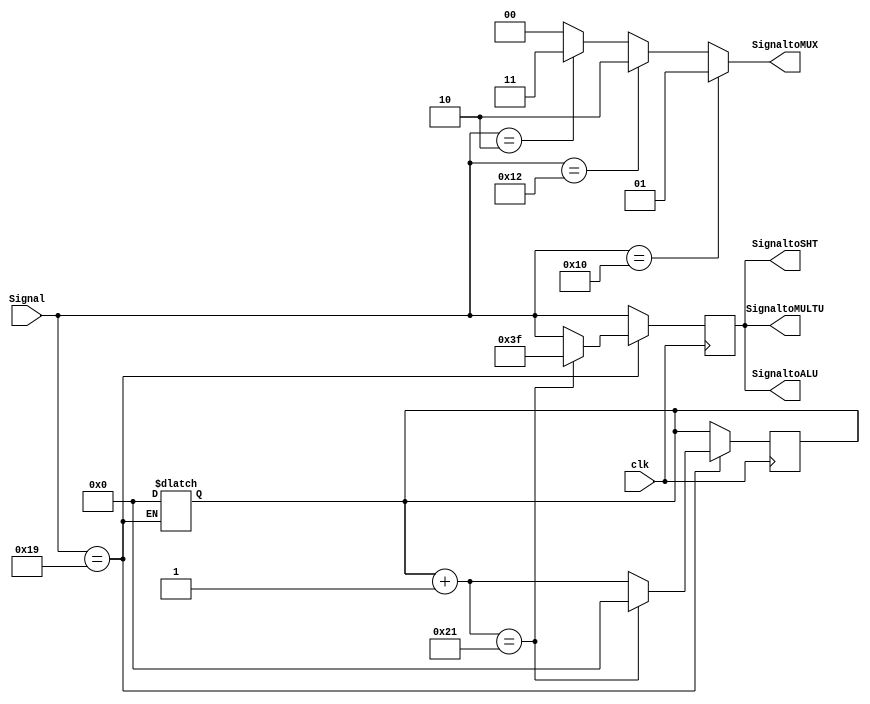
`timescale 1ns/1ns

module ALUControl( clk, Signal, SignaltoALU, SignaltoSHT, SignaltoMULTU, SignaltoMUX );
  // 
  input clk ;
  input [5:0] Signal ;

  output [5:0] SignaltoALU ;
  output [5:0] SignaltoSHT ;
  output [5:0] SignaltoMULTU ;
  output [1:0] SignaltoMUX ;

  reg [5:0] temp ;
  reg [6:0] counter ;

  //   Signal ( 6-bits)
  //   AND  : 36
  //   OR   : 37
  //   ADD  : 32
  //   SUB  : 34
  //   SLT  : 42
  //   SRL  : 2
  //   MULTU : 25
  //   MFHI : 16
  //   MFLO : 18

  parameter AND = 6'b100100;
  parameter OR  = 6'b100101;
  parameter ADD = 6'b100000;
  parameter SUB = 6'b100010;
  parameter SLT = 6'b101010;

  parameter SRL = 6'b000010;

  parameter MULTU = 6'b011001;
  parameter MFHI = 6'b010000;
  parameter MFLO = 6'b010010;
  /*
  ??????
  */

  always@( Signal )
  begin
  
    if ( Signal == MULTU )
	//
    begin
      
      counter <= 0 ;
      // 0
    end
  /*
  ???????MULTU ??counter?0
  */
  end

  always@( posedge clk )
  // CLK
  begin
  
    temp = Signal ;
    if ( Signal == MULTU )
    begin
    
      counter = counter + 1 ;
    
      if ( counter == 33 )
      begin
      
        temp = 6'b111111 ; // Open HiLo reg for Div
        counter = 0 ;
      
      end
    
    end
  /*
  ?32?clk????HiLo???????????
  */
  end

  assign SignaltoALU = temp ;
  assign SignaltoSHT = temp ;
  assign SignaltoMULTU = temp ;
  assign SignaltoMUX = ( Signal == MFHI ) ? 2'b01 :
                       ( Signal == MFLO ) ? 2'b10 :
                       ( Signal == SRL ) ? 2'b11 :
                       2'b00 ;

endmodule